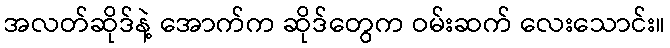
အလတ်ဆိုဒ်နဲ့ အောက်က ဆိုဒ်တွေက ဝမ်းဆက် လေးသောင်း။